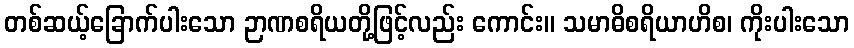
တစ်ဆယ့်ခြောက်ပါးသော ဉာဏစရိယတို့ဖြင့်လည်း ကောင်း။ သမာဓိစရိယာဟိစ၊ ကိုးပါးသော